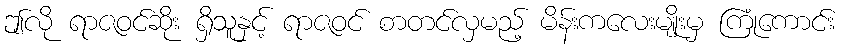
ဤလို ရာဇဝင်ဆိုး ရှိသူနှင့် ရာဇဝင် စာတင်လှမည့် မိန်းကလေးမျိုးမှ ကြုံကောင်း